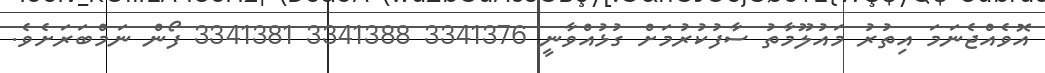
އޮވެއްޖެނަމަ އިތުރު މައުލޫމާތު ސާފުކުރުމަށް ގުޅުއްވާނީ 3341376 3341388 3341381 ފޯން ނަމްބަރަށެވެ.